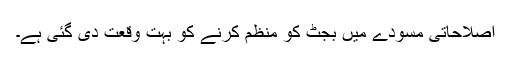
اصلاحاتی مسودے میں بجٹ کو منظم کرنے کو بہت وقعت دی گئی ہے۔